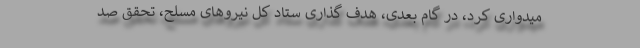
میدواری کرد، در گام بعدی، هدف گذاری ستاد کل نیروهای مسلح، تحقق صد